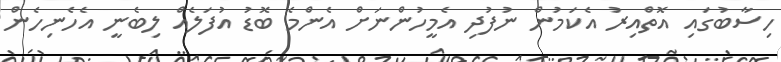
ހިސާބުގައި އޮތްއިރު އެކަމުން ނުފުދި އެމީހުންނަށް އެންމެ ބޮޑު އުފަލެއް ލިބެނީ އެހެނިހެން